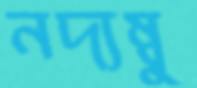
নদ্যম্বু